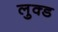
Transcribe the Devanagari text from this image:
लुक्ड